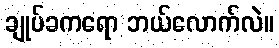
ချုပ်ခကရော ဘယ်လောက်လဲ။